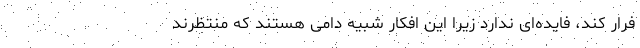
فرار کند، فایده‌ای ندارد زیرا این افکار شبیه دامی هستند که منتظرند